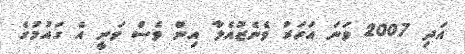
އަދި 2007 ވަނަ އަހަރު ވެނެޒުއެލާ އިން ވެސް ވަނީ އެ ގައުމުގެ